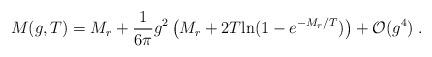
LaTeX: \begin{align*}M(g,T) =M_r+\frac{1}{6\pi}g^2\left(M_r + 2T{\rm ln}(1 - e^{-M_r/T})\right) + {\cal O}(g^4)\;.\end{align*}